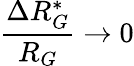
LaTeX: \frac{\Delta R_{G}^{*}}{R_{G}}\rightarrow 0